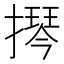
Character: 𫾂